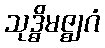
သုဒ္ဓိမဇ္ဈဂံ